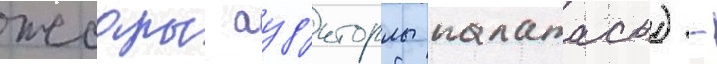
жоары ауд'иторлы палатасы) -